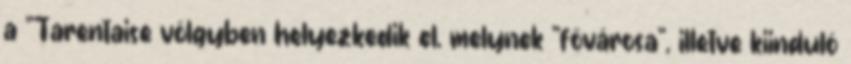
a "Tarentaise völgyben helyezkedik el, melynek "fővárosa", illetve kiinduló